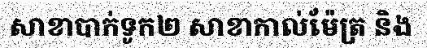
សាខាបាក់ទូក២ សាខាកាល់ម៉ែត្រ និង